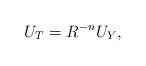
LaTeX: \begin{align*}U_T=R^{-n}U_Y, \end{align*}